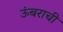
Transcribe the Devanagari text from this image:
ऊंबराची